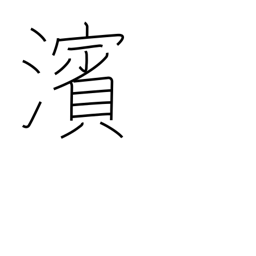
Meaning: river bank